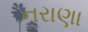
નરાણા